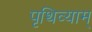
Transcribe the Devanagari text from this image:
पृथिव्याम्